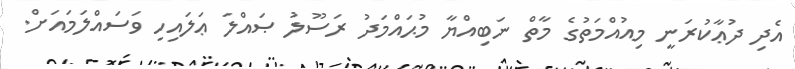
އެދި ދުޢާކުރަނީ މިއުއްމަތުގެ މާތް ނަބިއްޔާ މުޙައްމަދު ރަސޫލު ޞައްލަ ޢަލައިހި ވަސައްލަމައަށް.